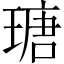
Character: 瑭